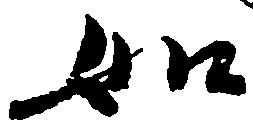
如